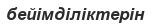
бейімділіктерін